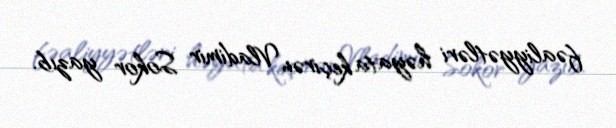
fəaliyyətləri həyata keçirən Vladimir Sokor yazıb.